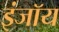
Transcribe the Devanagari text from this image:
इंजॉय